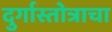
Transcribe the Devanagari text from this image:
दुर्गास्तोत्राचा